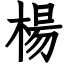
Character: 楊